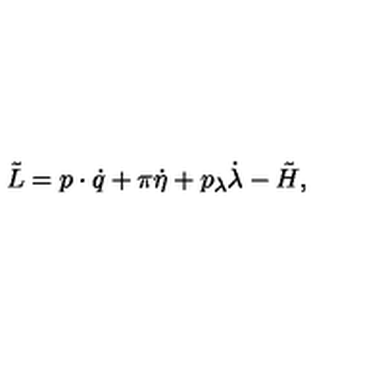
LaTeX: \tilde { L } = p \cdot \dot { q } + \pi \dot { \eta } + p _ { \lambda } \dot { \lambda } - \tilde { H } ,